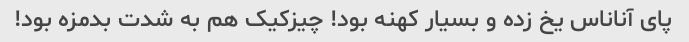
پای آناناس یخ زده و بسیار کهنه بود! چیزکیک هم به شدت بدمزه بود!